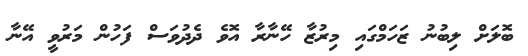
ބޮލަށް ލިބުނު ޒަހަމްގައި މިރުޒާ ހޭނާރާ އޮވެ ދެދުވަސް ފަހުން މަރުވީ އޭނާ